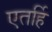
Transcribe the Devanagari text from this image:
एतर्हि